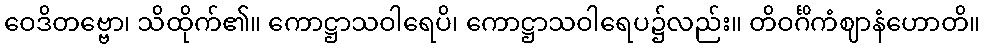
ဝေဒိတဗ္ဗော၊ သိထိုက်၏။ ကောဋ္ဌာသဝါရေပိ၊ ကောဋ္ဌာသဝါရေပ၌လည်း။ တိဝင်္ဂိကံဈာနံဟောတိ။